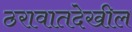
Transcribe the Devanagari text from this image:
ठरावातदेखील